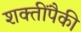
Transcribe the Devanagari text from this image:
शक्तींपैकी